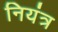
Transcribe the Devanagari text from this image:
नियंत्र